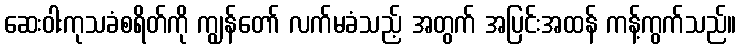
ဆေးဝါးကုသခံစရိတ်ကို ကျွန်တော် လက်မခံသည့် အတွက် အပြင်းအထန် ကန့်ကွက်သည်။